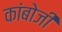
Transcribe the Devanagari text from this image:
कांबोजी